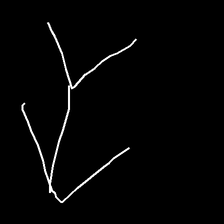
Glyph: gather